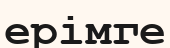
ерімге